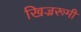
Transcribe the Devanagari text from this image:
खिज्ररूमी